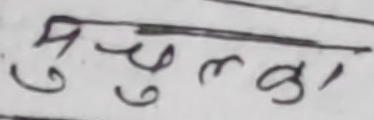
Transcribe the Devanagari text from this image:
मुचुल्का